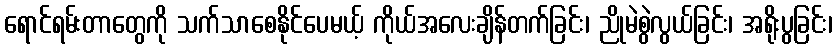
ရောင်ရမ်းတာတွေကို သက်သာစေနိုင်ပေမယ့် ကိုယ်အလေးချိန်တက်ခြင်း၊ ညိုမဲစွဲလွယ်ခြင်း၊ အရိုးပွခြင်း၊